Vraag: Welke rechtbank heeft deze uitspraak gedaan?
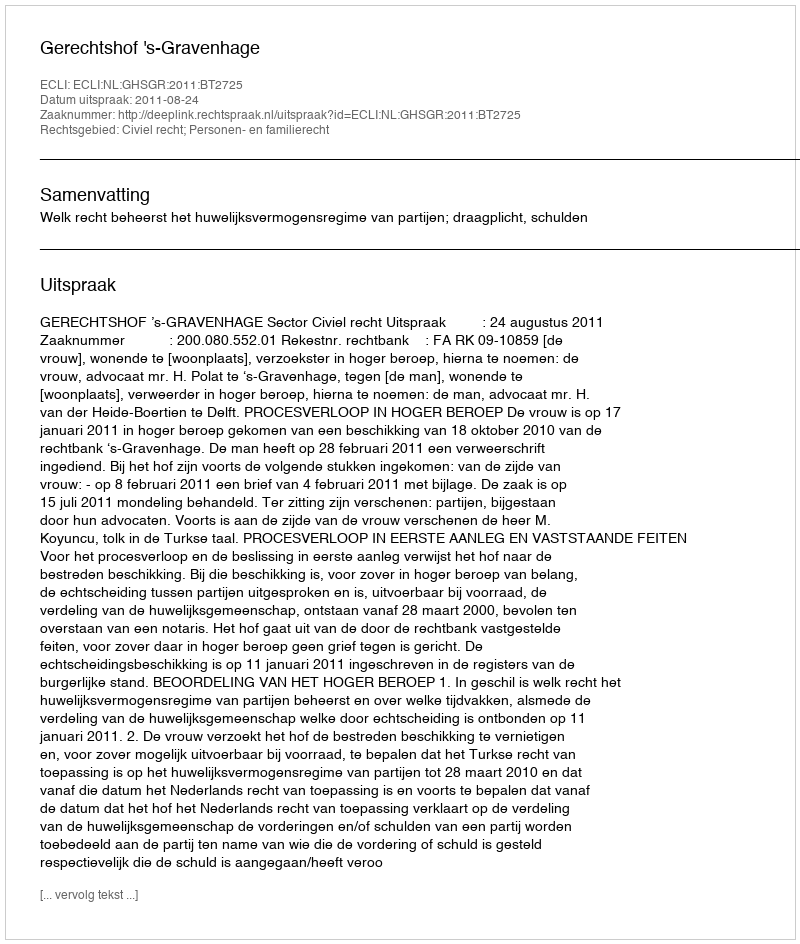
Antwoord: Gerechtshof 's-Gravenhage